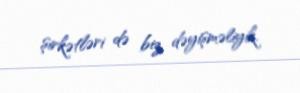
şirkətləri də biz dəyişməliyik.